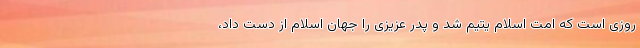
روزی است که امت اسلام یتیم شد و پدر عزیزی را جهان اسلام از دست داد،